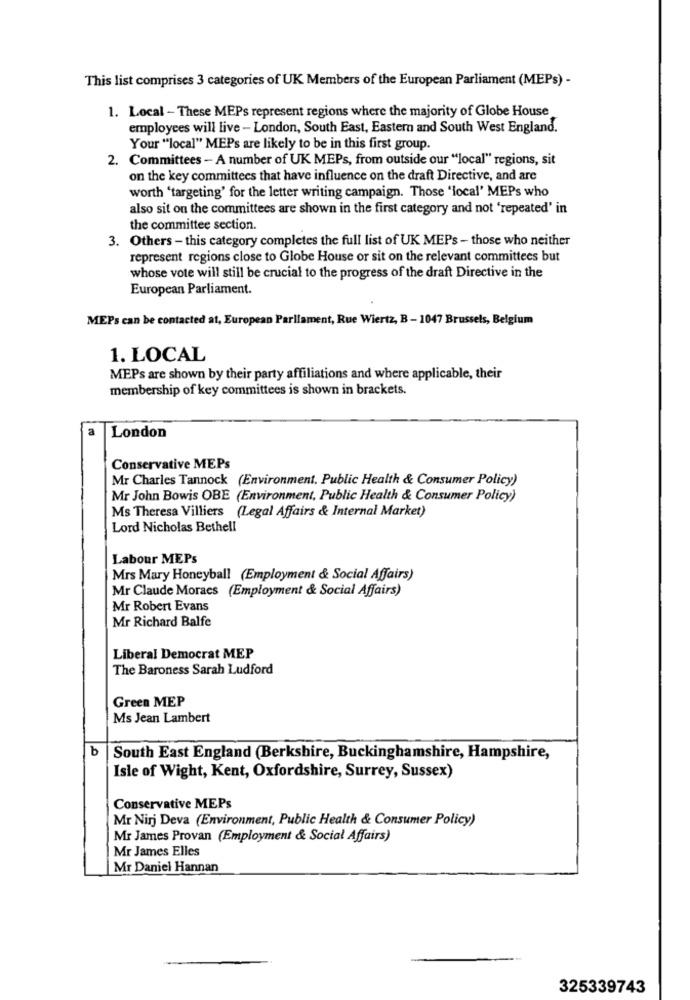
This list comprises 3 categories of UK Members of the European Parliament (MEPs) -
1. Local - These MEPs represent regions where the majority of Globe House
employees will live - London, South East, Eastern and South West England.
Your "local" MEPs are likely to be in this first group.
2. Committees - A number of UK MEPs, from outside our "local" regions, sit
on the key committees that have influence on the draft Directive, and are
worth 'targeting' for the letter writing campaign. Those 'local' MEPs who
also sit on the committees are shown in the first category and not 'repeated' in
the committee section.
3. Others - this category completes the full list of UK MEPs - those who neither
represent regions close to Globe House or sit on the relevant committees but
whose vote will still be crucial to the progress of the draft Directive in the
European Parliament.
MEPs can be contacted at, European Parliament, Rue Wiertz, B - 1047 Brussels, Belgium
1. LOCAL
MEPs are shown by their party affiliations and where applicable, their
membership of key committees is shown in brackets.
a
London
Conservative MEPs
Mr Charles Tannock (Environment. Public Health & Consumer Policy)
Mr John Bowis OBE (Environment, Public Health & Consumer Policy)
Ms Theresa Villiers (Legal Affairs & Internal Market)
Lord Nicholas Bethell
Labour MEPs
Mrs Mary Honeyball (Employment & Social Affairs)
Mr Claude Moraes (Employment & Social Affairs)
Mr Robert Evans
Mr Richard Balfe
Liberal Democrat MEP
The Baroness Sarah Ludford
Green MEP
Ms Jean Lambert
b
South East England (Berkshire, Buckinghamshire, Hampshire,
Isle of Wight, Kent, Oxfordshire, Surrey, Sussex)
Conservative MEPs
Mr Nirj Deva (Environment, Public Health & Consumer Policy)
Mr James Provan (Employment & Social Affairs)
Mr James Elles
Mr Daniel Hannan
325339743